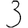
Digit: 3